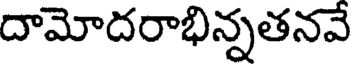
దామోదరాభిన్నతనవే